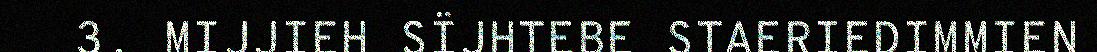
3. MIJJIEH SÏJHTEBE STAERIEDIMMIEN